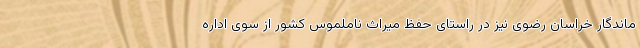
ماندگار خراسان ‌رضوی نیز در راستای حفظ میراث ناملموس کشور از سوی اداره